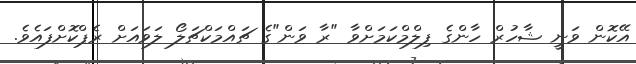
އޭކޮން ވަނީ ޝާހުރް ހާންގެ ފިލްމްކަމަށްވާ "ރާ ވަން"ގެ ޗައްމަކްޗަލޯ ލަވައަށް ރެޕްކޮށްފައެވެ.